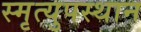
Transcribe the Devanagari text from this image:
स्मृत्युपस्थान